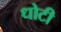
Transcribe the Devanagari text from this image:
धोटी